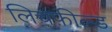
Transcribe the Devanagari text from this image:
लिचफ़ील्ड